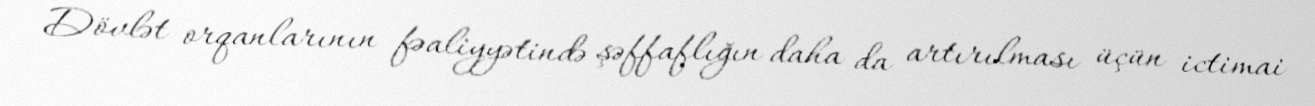
Dövlət orqanlarının fəaliyyətində şəffaflığın daha da artırılması üçün ictimai